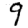
Digit: 9